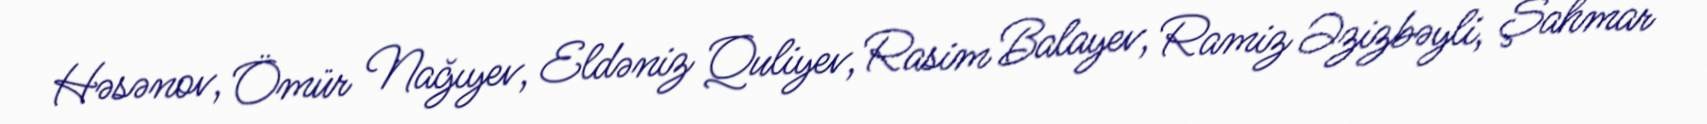
Həsənov, Ömür Nağıyev, Eldəniz Quliyev, Rasim Balayev, Ramiz Əzizbəyli, Şahmar